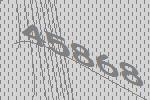
45868